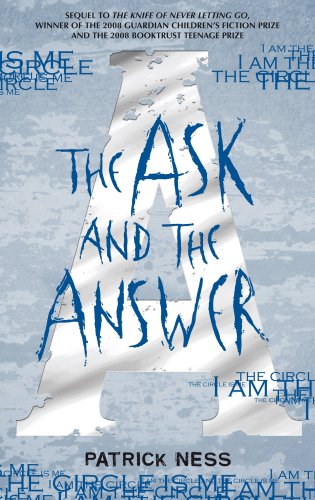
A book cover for The Ask and the Answer; Patrick Ness; Teen & Young Adult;